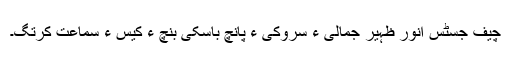
چیف جسٹس انور ظہیر جمالی ءِ سروکی ءَ پانچ باسکی بنچ ءَ کیس ءِ سماعت کرتگ۔